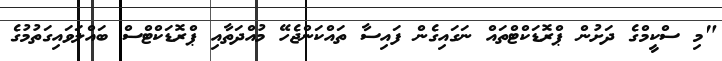
"މި ސްކީމްގެ ދަށުން ޕްރޮޑަކްޓްތައް ނަގައިގެން ފައިސާ ތައްކަންޖެހޭ މުއްދަތާއި ޕްރޮޑަކްޓްސް ބައްލަވައިގަތުމުގެ